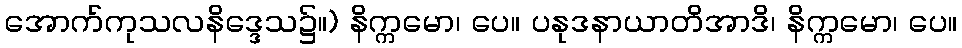
အောက်ကုသလနိဒ္ဒေသ၌။) နိက္ကမော၊ ပေ။ ပနုဒနာယာတိအာဒိ၊ နိက္ကမော၊ ပေ။